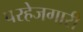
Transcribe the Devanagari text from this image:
परहेजगारी